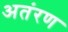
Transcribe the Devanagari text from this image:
अतंरण